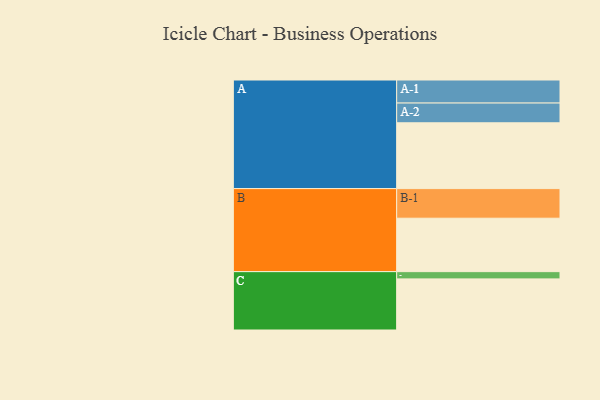
{"axis": {"x": "Segment", "y": "Value"}, "legend": ["", "A", "B", "C"], "data": [{"x": "A", "y": 600, "type": ""}, {"x": "B", "y": 487, "type": ""}, {"x": "C", "y": 466, "type": ""}, {"x": "A-1", "y": 210, "type": "A"}, {"x": "A-2", "y": 180, "type": "A"}, {"x": "B-1", "y": 270, "type": "B"}, {"x": "C-1", "y": 66, "type": "C"}]}